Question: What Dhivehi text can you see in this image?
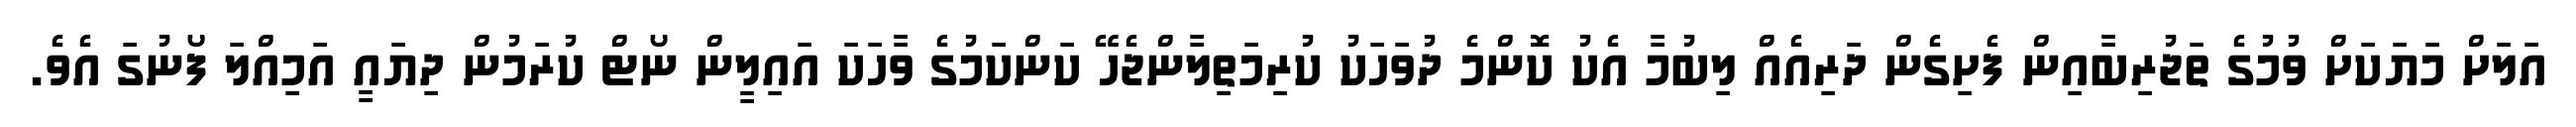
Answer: އަލަށް މަޔަކަށް ވުމުގެ ތަޖުރިބާއިން ފެށިގެން ދަރިއެއް ލިބުމާ އެކު ކޮންމެ ދުވަހަކު ކުރިމަތިލާންޖެހޭ ކަންކަމުގެ ވާހަކަ އައިލީން ނޯޓް ކުރަމުން ދިޔައީ އަމިއްލަ ފޯނުގަ އެވެ.